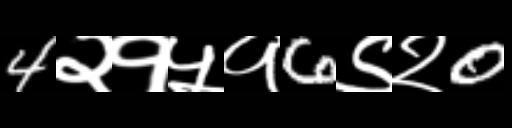
Text: 4२१५१6९२0